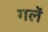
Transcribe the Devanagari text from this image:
गलें